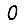
Digit: 0